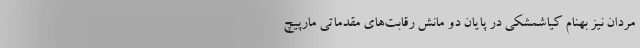
مردان نیز بهنام کیاشمشکی در پایان دو مانش رقابت‌های مقدماتی مارپیچ